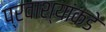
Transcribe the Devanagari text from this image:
प्रवाश्यांकडे